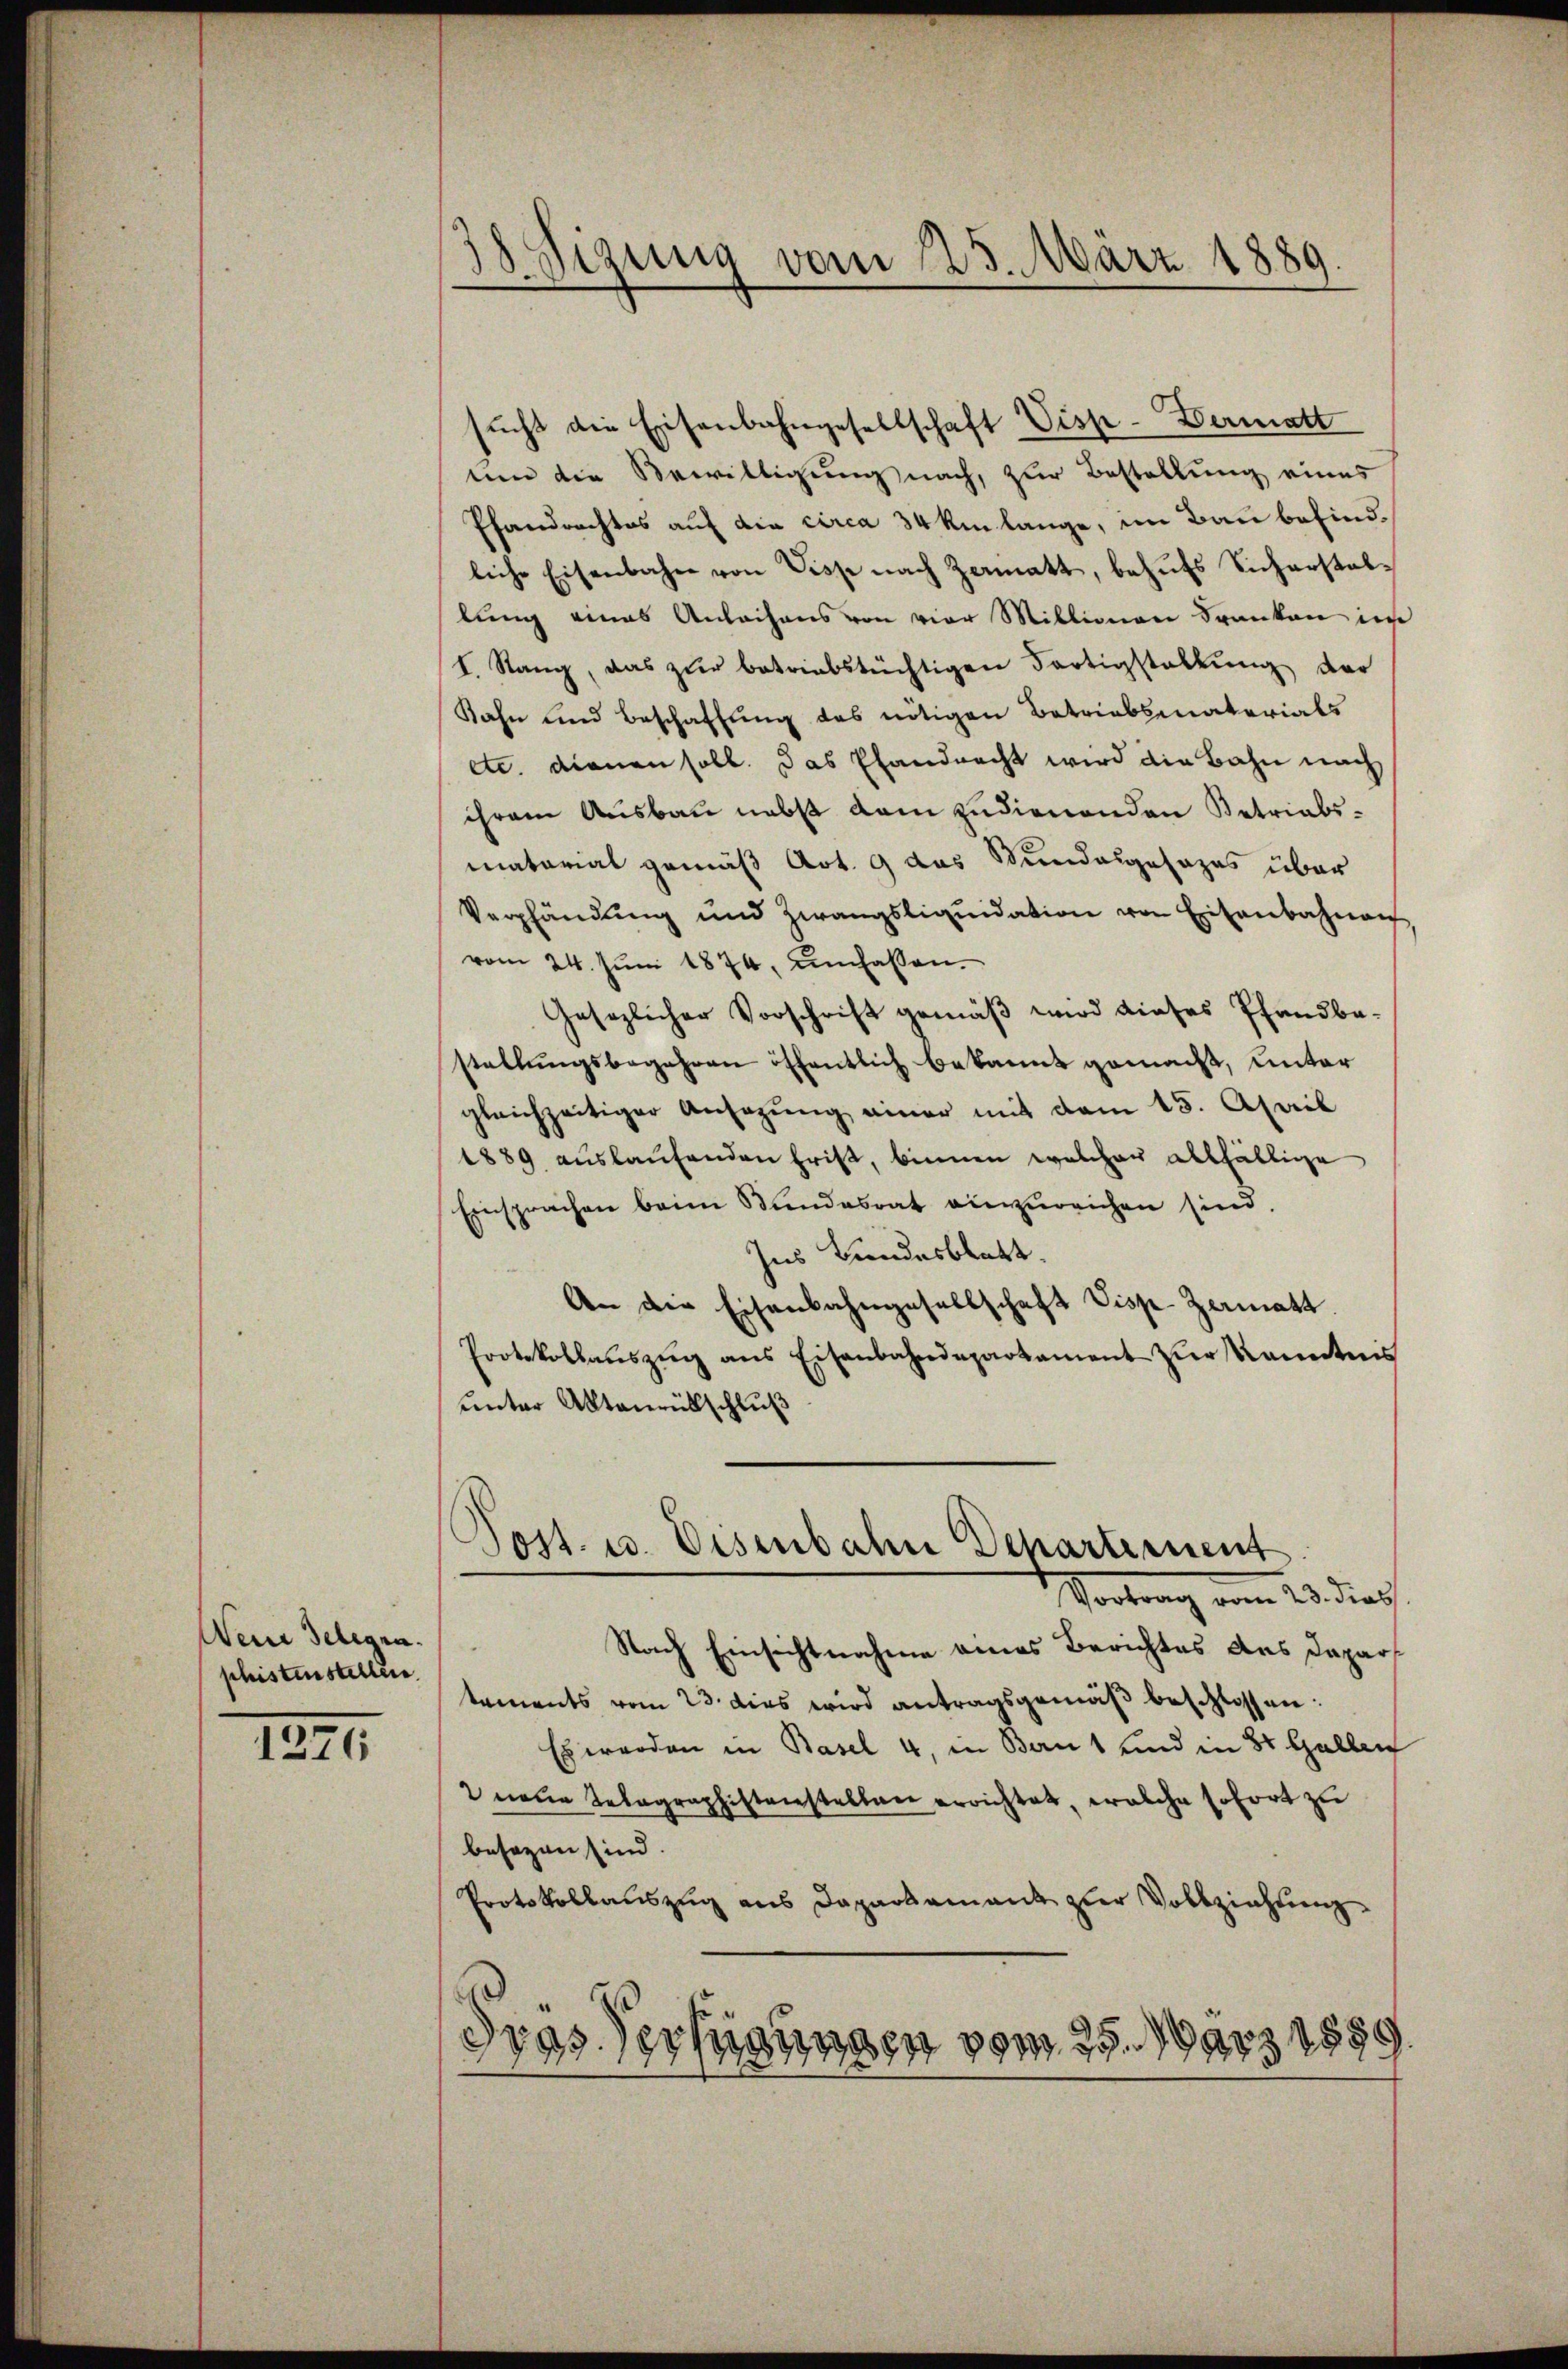
Weine Belegen.
shistenstellen

1276

38 Sizung vom 23. März 1889.

sucht die Eisenbahngesellschaft Visp-Dermatt

um die Bewilligung nach, zur Bestellung eines
Pfandrechtes auf die circa 34 km lange, im Bau befindliche Eisenbahn von Disse nach Zermatt, behufs Sicherstallung eines Anleihens von vier Millionen Franken im
I. Stang, das zŭr betriebstüchtigen Fortigstellŭng der
Kahn und Beschaffung des nötigen Betriebsmaterials
etc. dienen soll. Das Pfandracht wird die Bahn nach
ihrem Ausbau nebst dem zudienenden Betriabsmatorial gemäß Art. 9 das Bundesgesezes über
Verpfändung und Zwangsliqŭidation von Eisenbahnen,
vom 24. Jŭni 1874, umfassen.
Gesezlicher Vorschrift gemäß wird dieses Pfandbestellungsbegehren öffentlich bekannt gemacht, unter
gleichzeitiger Ansagŭng einer mit dem 15. April
1889 aŭslaŭfenden Frist, binnen welcher allfällige
Einsprachen beim Bundesrat einzureichen sind.
Ins Landesblatt.
An die Eisenbahngesellschaft Visp-Zermatt.
Protokollaŭszŭg ans Eisenbahndepartament zŭr Kenntnis
unter Aktenrübschluß
Post. u. Eisenbahn Departement
Vortrag vom 23. dat.
Nach Einsichtnahme eines Berichtes des Dapartements vom 23. dies wird antragsgemäß beschlossen:
Es werden in Basel 4, in Bau 1 und in 8 Gallen
2 neue Telegraphistenstellen errichtet, welche sofort zu
besagen sind.
Protokollauszug aus Daparlamant zur Vollziehung.
e
dras Verfügungen vom 25. März 1889